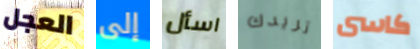
العجل إلى اسأل تريدك كاسى